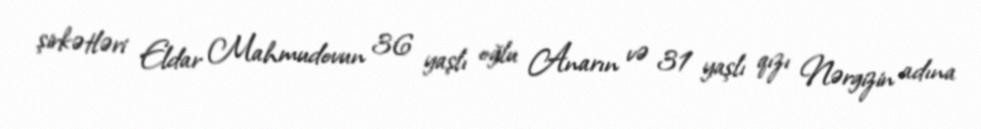
şirkətləri Eldar Mahmudovun 36 yaşlı oğlu Anarın və 31 yaşlı qızı Nərgizin adına